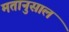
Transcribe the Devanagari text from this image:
मतानुसाल